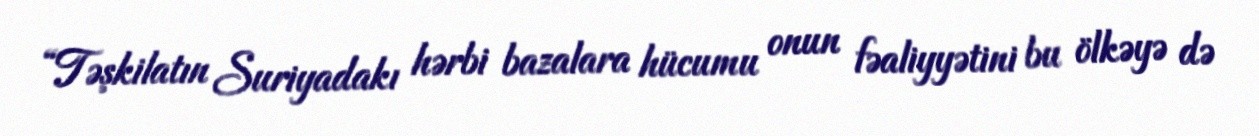
“Təşkilatın Suriyadakı hərbi bazalara hücumu onun fəaliyyətini bu ölkəyə də